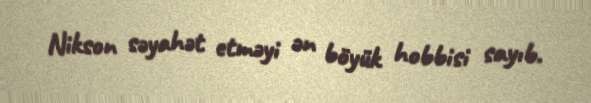
Nikson səyahət etməyi ən böyük hobbisi sayıb.